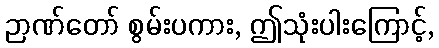
ဉာဏ်တော် စွမ်းပကား, ဤသုံးပါးကြောင့်,